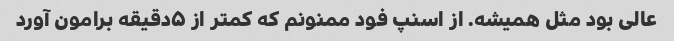
عالی بود مثل همیشه. از اسنپ فود ممنونم که کمتر از ۵دقیقه برامون آورد